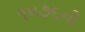
૧૫૭૬ની